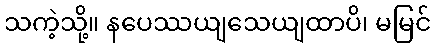
သကဲ့သို့။ နပေဿယျသေယျထာပိ၊ မမြင်